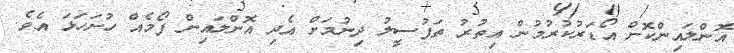
އޮންލައިންކޮށް އޯޑަރުކުރުމުން އިތުރު ތަފުސީލު ދިނުމަށް އެދި އޮންލައިން ފޯމެއް ހުށަހަޅަ އެވެ.